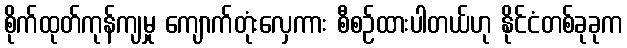
စိုက်ထုတ်ကုန်ကျမှု ကျောက်တုံးလှေကား စီစဉ်ထားပါတယ်ဟု နိုင်ငံတစ်ခုခုက